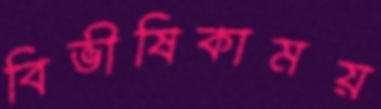
বিভীষিকাময়